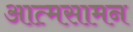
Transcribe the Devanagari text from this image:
आत्मसामन